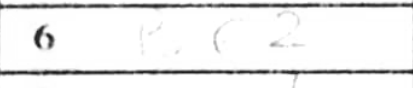
Transcription: Be2